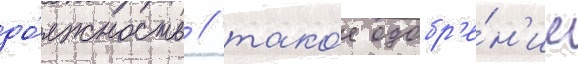
до́лжность / тако́е одобр'е́н'ие